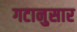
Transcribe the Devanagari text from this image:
गटानुसार